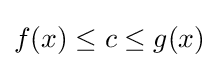
f(x)\leq c\leq g(x)